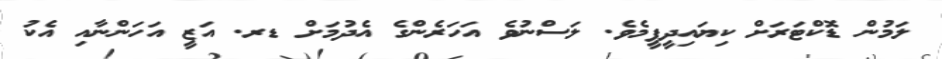
ލަމުން ޑޮކްޓަރަށް ކިޔައިދީފީމެވެ. ލަސްނުވެ އަހަރެންގެ އެދުމަށް ޑރ. އަޒީ އަހަންނާއި އެކު